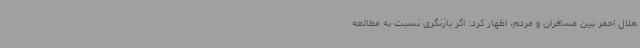
هلال احمر بین مسافران و مردم، اظهار کرد: اگر بازنگری نسبت به مطالعه